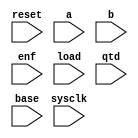
module test(
reset,
sysclk,
a,
b,
enf,
load,
qtd,
base
);

parameter [7:0] dog_width=8'b 10101100;
parameter [31:0] bus_width=32;
input reset, sysclk;
input [bus_width:0] a, b, enf, load, qtd, base;

wire reset;
wire sysclk;
wire [bus_width:0] a;
wire [bus_width:0] b;
wire [bus_width:0] enf;
wire [bus_width:0] load;
wire [bus_width:0] qtd;
wire [bus_width:0] base;


wire [1 + 1:0] foo;
reg [9:0] code; wire [9:0] code1;
wire [324:401] egg;
wire [bus_width * 3 - 1:bus_width * 4] baz;
wire [31:0] complex;

  // Example of with statement
  always @(*) begin
    case(foo[2:0])
      3'b 000,3'b 110 : code[9:2] <= {3'b 110,egg[325:329]};
      3'b 101 : code[9:2] <= 8'b 11100010;
      3'b 010 : code[9:2] <= {8{1'b1}};
      3'b 011 : code[9:2] <= {8{1'b0}};
      default : code[9:2] <= a + b + 1'b 1;
    endcase
  end

  assign code1[1:0] = a[6:5] ^ ({a[4],b[6]});
  assign foo = {(((1 + 1))-((0))+1){1'b0}};
  assign egg = {78{1'b0}};
  assign baz = {(((bus_width * 4))-((bus_width * 3 - 1))+1){1'b1}};
  assign complex = {enf,(3'b 110 * load),qtd[3:0],base,5'b 11001};

endmodule